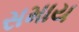
સમાય